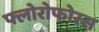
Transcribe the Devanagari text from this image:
फ्लोरोफोरस